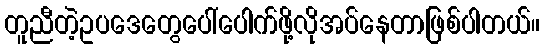
တူညီတဲ့ဥပဒေတွေပေါ်ပေါက်ဖို့လိုအပ်နေတာဖြစ်ပါတယ်။